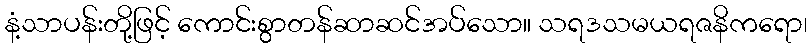
နံ့သာပန်းတို့ဖြင့် ကောင်းစွာတန်ဆာဆင်အပ်သော။ သရဒသမယရဇနိကရော၊